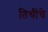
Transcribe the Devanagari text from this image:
तिथींचे